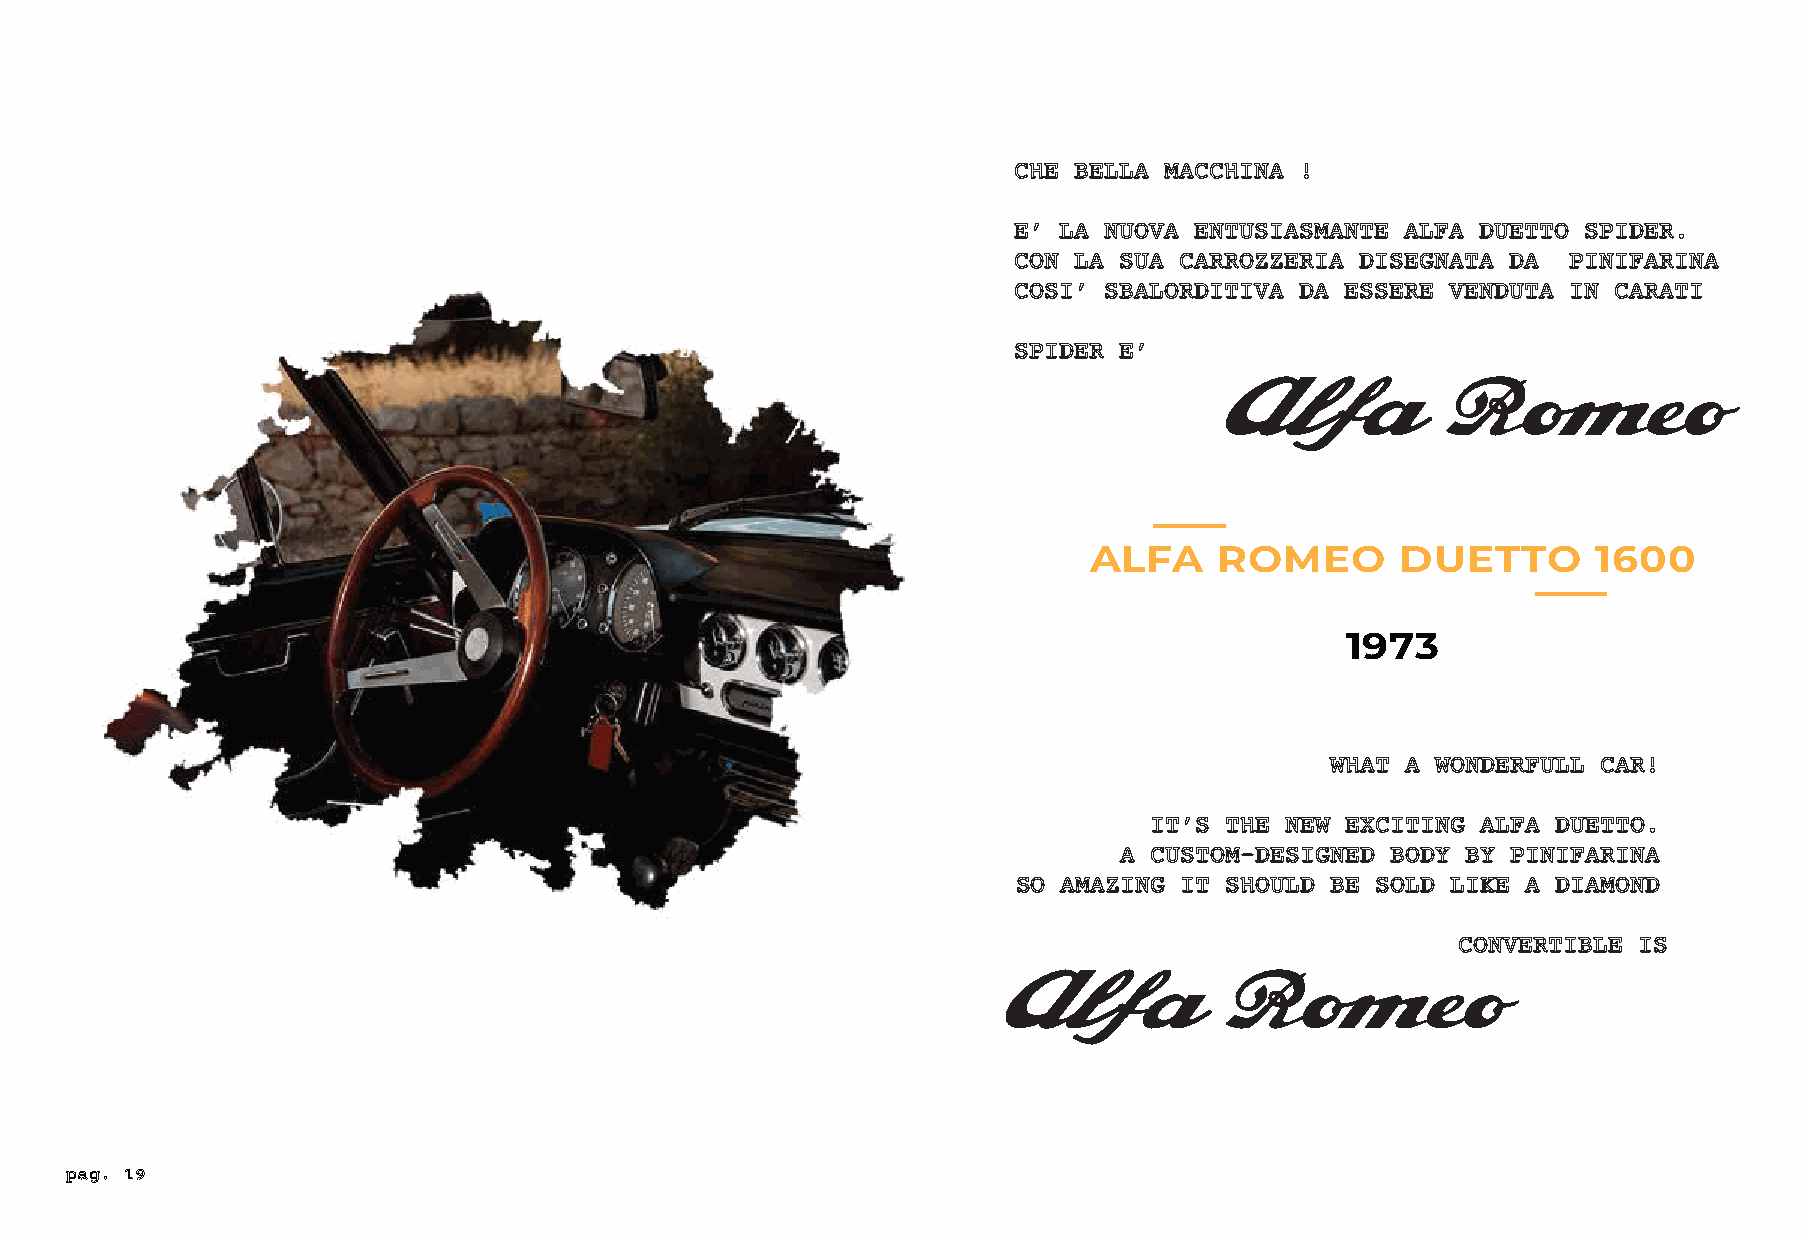
CHE BELLA MACCHINA !
 E’ LA NUOVA ENTUSIASMANTE ALFA DUETTO SPIDER.
 CON LA SUA CARROZZERIA DISEGNATA DA  PINIFARINA
 COSI’ SBALORDITIVA DA ESSERE VENDUTA IN CARATI
 SPIDER E’
 Alfa           Romeo
 ALFA     ROMEO       DUETTO       1600
 1973
 WHAT A WONDERFULL CAR!
 IT’S THE NEW EXCITING ALFA DUETTO.
 A CUSTOM-DESIGNED BODY BY PINIFARINA
 SO AMAZING IT SHOULD BE SOLD LIKE A DIAMOND
 CONVERTIBLE IS
 Alfa          Romeo
 pag. 19